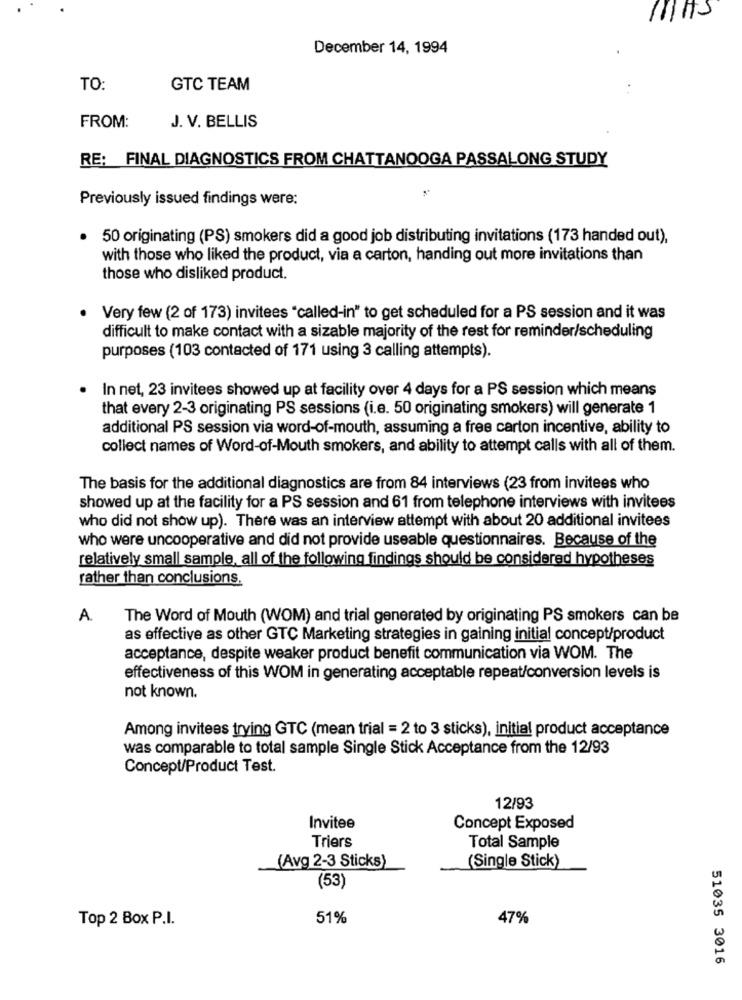
December 14, 1994
TO:
GTC TEAM
FROM:
J. V. BELLIS
RE: FINAL DIAGNOSTICS FROM CHATTANOOGA PASSALONG STUDY
Previously issued findings were:
· 50 originating (PS) smokers did a good job distributing invitations (173 handed out),
with those who liked the product, via a carton, handing out more invitations than
those who disliked product.
Very few (2 of 173) invitees "called-in" to get scheduled for a PS session and it was
difficult to make contact with a sizable majority of the rest for reminder/scheduling
purposes (103 contacted of 171 using 3 calling attempts).
In net, 23 invitees showed up at facility over 4 days for a PS session which means
that every 2-3 originating PS sessions (i.e. 50 originating smokers) will generate 1
additional PS session via word-of-mouth, assuming a free carton incentive, ability to
collect names of Word-of-Mouth smokers, and ability to attempt calls with all of them.
The basis for the additional diagnostics are from 84 interviews (23 from invitees who
showed up at the facility for a PS session and 61 from telephone interviews with invitees
who did not show up). There was an interview attempt with about 20 additional invitees
who were uncooperative and did not provide useable questionnaires. Because of the
relatively small sample, all of the following findings should be considered hypotheses
rather than conclusions.
A.
The Word of Mouth (WOM) and trial generated by originating PS smokers can be
as effective as other GTC Marketing strategies in gaining initial concept/product
acceptance, despite weaker product benefit communication via WOM. The
effectiveness of this WOM in generating acceptable repeat/conversion levels is
not known.
Among invitees trying GTC (mean trial = 2 to 3 sticks), initial product acceptance
was comparable to total sample Single Stick Acceptance from the 12/93
Concept/Product Test.
12/93
Invitee
Concept Exposed
Triers
Total Sample
(Single Stick)
(Avg 2-3 Sticks)
(53)
Top 2 Box P.I.
51%
47%
51035 3016